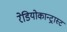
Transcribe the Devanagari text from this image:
रेडियोकान्ट्रास्ट